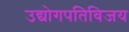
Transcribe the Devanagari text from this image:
उद्योगपतिविजय